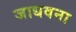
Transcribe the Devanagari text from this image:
जाधवना